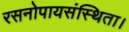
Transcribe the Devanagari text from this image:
रसनोपायसंस्थिता।